Leaving Certificate, 1899
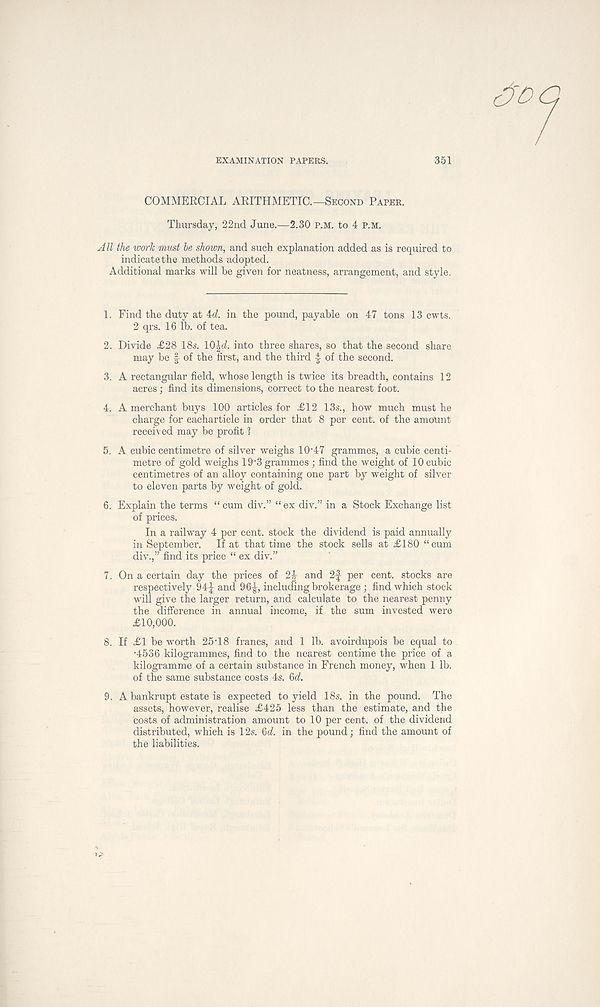
EXAMINATION PAPERS.
351
COMMERCIAL ARITHMETIC.—Second Paper.
Thursday, 22nd June.—2.30 P.M. to 4 p.m.
All the work must be shown, and such explanation added as is required to
indicate the methods adopted.
Additional marks will be given for neatness, arrangement, and style.
1. Find the duty at id. in the pound, payable on 47 tons 13 cwts.
2 qrs. 16 lb. of tea.
2. Divide £28 18s. 10$d. into three shares, so that the second share
may be f of the first, and the third 4 of the second.
3. A rectangular field, whose length is twice its breadth, contains 12
acres; find its dimensions, correct to the nearest foot.
4. A merchant buys 100 articles for <£12 13s., how much must he
charge for eacharticle in order that 8 per cent, of the amount
received may be profit I
5. A cubic centimetre of silver weighs 10 - 47 grammes, a cubic centi-
metre of gold weighs 19 - 3 grammes ; find the weight of 10 cubic
centimetres of an alloy containing one part by weight of silver
to eleven parts by weight of gold.
6. Explain the terms “ cum div.” “ex div.” in a Stock Exchange list
of prices.
In a railway 4 per cent, stock the dividend is paid annually
in September. If at that time the stock sells at £180 “cum
div.,” find its price “ ex div.”
7. On a certain day the prices of 2|- and 2f per cent, stocks are
respectively 94J and 96^, including brokerage ; find which stock
will give the larger return, and calculate to the nearest penny
the difference in annual income, if the sum invested were
£10,000.
8. If £1 be worth 25 T 8 francs, and 1 lb. avoirdupois be equal to
•4536 kilogrammes, find to the nearest centime the price of a
kilogramme of a certain substance in French money, when 1 lb.
of the same substance costs 4s. 6d.
9. A bankrupt estate is expected to yield 18s. in the pound. The
assets, however, realise £425 less than the estimate, and the
costs of administration amount to 10 per cent, of the dividend
distributed, which is 12s. 6d. in the pound; find the amount of
the liabilities.